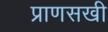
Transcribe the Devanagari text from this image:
प्राणसखी